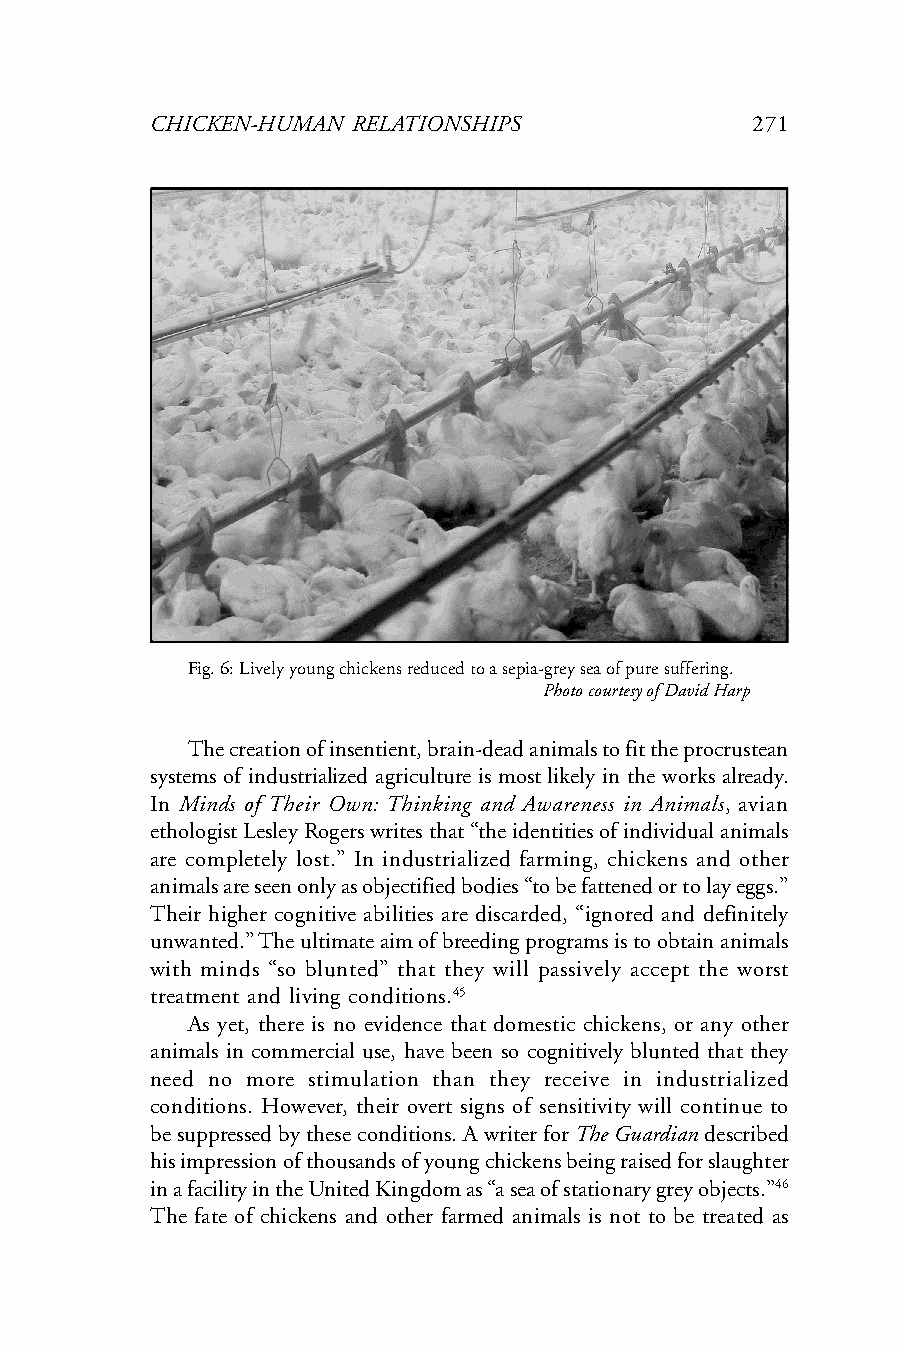
CHICKEN-HUMAN RELATIONSHIPS             271
 Fig. 6: Lively young chickens reduced to a sepia-grey sea of pure suffering.
 Photo courtesy of David Harp
 The creation of insentient, brain-dead animals to fit the procrustean
 systems of industrialized agriculture is most likely in the works already.
 In Minds of Their Own: Thinking and Awareness in Animals, avian
 ethologist Lesley Rogers writes that “the identities of individual animals
 are completely lost.” In industrialized farming, chickens and other
 animals are seen only as objectified bodies “to be fattened or to lay eggs.”
 Their higher cognitive abilities are discarded, “ignored and definitely
 unwanted.” The ultimate aim of breeding programs is to obtain animals
 with minds “so blunted” that they will passively accept the worst
 treatment and living conditions.45
 As yet, there is no evidence that domestic chickens, or any other
 animals in commercial use, have been so cognitively blunted that they
 need no more stimulation than they receive in industrialized
 conditions. However, their overt signs of sensitivity will continue to
 be suppressed by these conditions. A writer for The Guardian described
 his impression of thousands of young chickens being raised for slaughter
 in a facility in the United Kingdom as “a sea of stationary grey objects.”46
 The fate of chickens and other farmed animals is not to be treated as